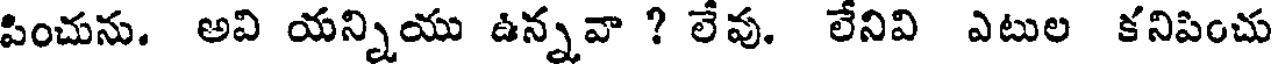
పించును. అవి యన్నియు ఉన్నవా ? లేవు. లేనివి ఎటుల కనిపించు